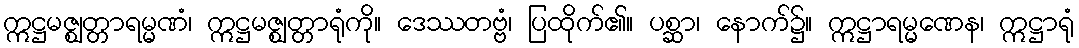
ဣဋ္ဌမဇ္ဈတ္တာရမ္မဏံ၊ ဣဋ္ဌမဇ္ဈတ္တာရုံကို။ ဒေဿတဗ္ဗံ၊ ပြထိုက်၏။ ပစ္ဆာ၊ နောက်၌။ ဣဋ္ဌာရမ္မဏေန၊ ဣဋ္ဌာရုံ